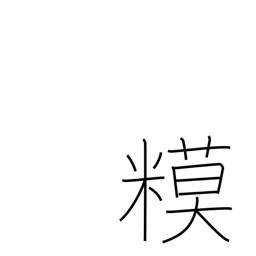
Meaning: rice snacks